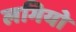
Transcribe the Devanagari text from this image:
लगियो